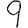
Digit: 9